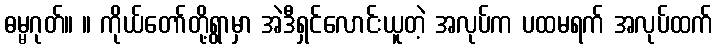
ဓမ္မဂုတ်။ ။ ကိုယ်တော်တို့ရွာမှာ အဲဒီရှင်လောင်းယူတဲ့ အလုပ်က ပထမရက် အလုပ်ထက်